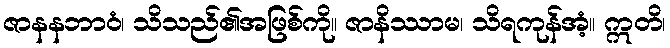
ဇာနနဘာဝံ၊ သိသည်၏အဖြစ်ကို။ ဇာနိဿာမ၊ သိရကုန်အံ့။ ဣတိ၊